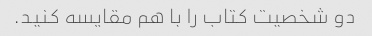
دو شخصیت کتاب را با هم مقایسه کنید.